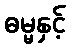
ဓမ္မနှင့်